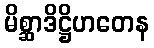
မိစ္ဆာဒိဋ္ဌိဟတေန